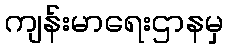
ကျန်းမာရေးဌာနမှ